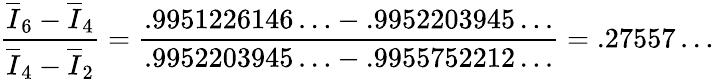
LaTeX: \frac{\overline{{{I}}}_{6}-\overline{{{I}}}_{4}}{\overline{{{I}}}_{4}-\overline{{{I}}}_{2}}={\frac{{.9951226146\ldots-.9952203945\ldots}}{{.9952203945\ldots-.9955752212\ldots}}}=.27557\ldots